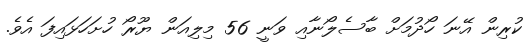
ކުރިން އޭނަ ހޯދުމަށް ބާސެލޯނާއި ވަނީ 56 މިލިއަން ޔޫރޯ ހުށަހަޅައިފަ އެވެ.